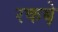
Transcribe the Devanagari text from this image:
रकबे़